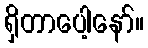
ရှိတာပေါ့နော်။